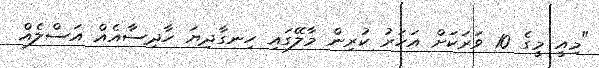
"މިއީ މީގެ 10 ވަރަކަށް އަހަރު ކުރިން މާލޭގައި ހިނގާދިޔަ ހާދިސާއެއް އަސްލެއް